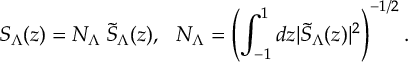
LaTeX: S _ { \Lambda } ( z ) = N _ { \Lambda } \: \tilde { S } _ { \Lambda } ( z ) , \: \: \: N _ { \Lambda } = \left( \int _ { - 1 } ^ { 1 } d z \vert \tilde { S } _ { \Lambda } ( z ) \vert ^ { 2 } \right) ^ { - 1 / 2 } .